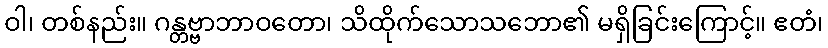
ဝါ၊ တစ်နည်း။ ဂန္တဗ္ဗာဘာဝတော၊ သိထိုက်သောသဘော၏ မရှိခြင်းကြောင့်။ ဧတံ၊